Insane asylums Bombay 1873-77 - 1873-1877
Year: 1873
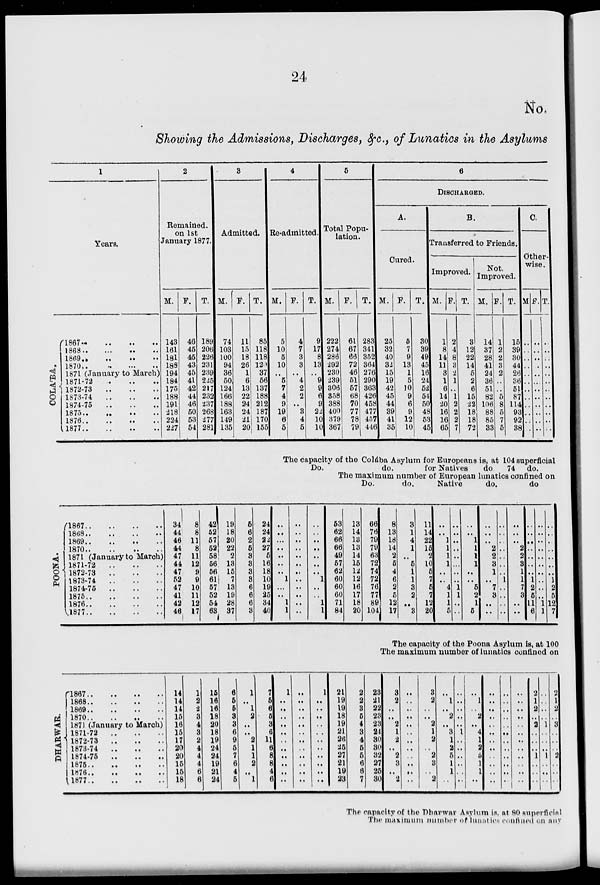
24
No.
Showing the Admissions, Discharges, &c., of Lunatics in the Asylums
1
Years.
COLABA.
1867..
1868..
1869..
1870..
1871
1871-72
1872-73
1873-74
1874-75
1875..
1876..
1877..
.. .. ..
.. .. ..
.. .. ..
..
...
..
(January to March)
..
..
..
..
..
..
..
..
..
.. .. ..
.. .. ..
.. .. ..
.. .. ..
2
Remained.
on 1st
January 1877.
M.
143
161
181
188
194
184
175
188
191
218
224
227
F.
46
45
45
43
45
41
42
44
46
50
53
54
T.
189
206
226
231
239
225
217
232
237
268
277
281
3
Admitted.
M.
74
103
100
94
36
50
124
166
188
163
149
135
F.
11
15
18
26
1
6
13
22
24
24
21
20
T.
85
118
118
120
37
56
137
188
212
187
170
155
4
Re-admitted.
M.
5
10
5
10
...
5
7
4
9
19
6
5
F.
4
7
3
3
...
4
2
2
...
3
4
5
T.
9
17
8
13
...
9
9
6
9
22
10
10
5
Total Popu-
lation.
M.
222
274
286
292
230
239
306
358
388
400
379
367
F.
61
67
66
72
46
51
57
68
70
77
78
79
T.
283
341
352
364
276
290
363
426
458
477
457
446
6
DISCHARGED.
A.
Cured.
M.
25
32
40
32
15
19
42
45
44
39
41
35
F.
5
7
9
13
1
5
10
9
6
9
12
10
T.
30
39
49
45
16
24
52
54
50
48
53
45
B.
Transferred to Friends.
Improved.
M.
1
8
14
11
3
1
6
14
20
16
16
65
F.
2
4
8
3
2
1
...
1
2
2
2
7
T.
3
12
22
14
5
2
6
15
22
18
18
72
Not.
Improved.
M.
14
37
28
41
24
36
51
82
106
88
85
33
F.
1
2
2
3
2
...
...
5
8
5
7
5
T.
15
39
30
44
26
36
51
87
114
93
92
38
C.
Other-
wise.
M.
..
..
..
..
..
..
..
..
..
..
..
..
F.
..
..
..
..
..
..
..
..
..
..
..
..
T.
..
..
..
..
..
..
..
..
..
..
..
..
The capacity of the Colába Asylum for Europeans is, at 104 superficial
Do.
do.
for Natives
do
74 do.
The maximum number of European lunatics confined on
Do.
do.
Native
do.
do
POONA.
1867..
..
..
..
1868..
..
..
..
1869..
..
..
..
1870..
..
..
..
1871 (January to March)
1871-72 .. .. .. ..
1872-73 .. .. .. ..
1873-74 .. .. .. ..
1874-75
..
..
..
..
1875..
..
..
..
1876..
..
..
..
1877..
..
..
..
34
44
46
44
47
44
47
52
47
41
42
46
8
8
11
8
11
12
9
9
10
11
12
17
42
52
57
52
58
56
56
61
57
52
54
63
19
18
20
22
2
13
15
7
13
19
28
37
5
6
2
5
3
3
3
3
6
6
6
3
24
24
22
27
5
16
18
10
19
25
34
40
..
..
..
..
..
..
..
1
..
..
1
1
..
..
..
..
..
..
..
..
..
..
..
..
..
..
..
..
..
..
..
1
..
..
1
1
53
62
66
66
49
57
62
60
60
60
71
84
13
14
13
13
14
15
12
12
16
17
18
20
66
76
79
79
63
72
74
72
76
77
89
104
8
13
18
14
2
5
4
6
2
5
12
17
3
1
4
1
..
5
1
1
3
2
..
3
11
14
22
15
2
10
5
7
5
7
12
20
..
..
1
1
1
1
..
..
4
1
1
5
..
..
..
..
..
..
..
..
1
1
..
..
..
..
1
1
1
1
..
..
5
2
1
5
..
..
..
2
2
3
1
..
7
3
..
..
..
..
..
..
..
..
..
1
..
..
..
..
..
..
..
2
2
3
1
1
7
3
..
..
..
..
..
..
..
..
..
1
2
5
11
6
..
..
..
..
..
..
..
..
..
..
1
1
..
..
..
..
..
..
..
1
2
5
12
7
The capacity of the Poona Asylum is, at 100
The maximum number of lunatics confined on
DHARWAR.
1867..
..
..
..
1868..
..
..
..
1869..
..
..
..
1870..
..
..
..
1871 (January to March)
1871-72
..
..
..
..
1872-73
..
..
..
..
1873-74
..
..
..
..
1874-75
..
..
..
..
1875..
..
..
..
1876..
..
..
..
1877 .. .. .. ..
14
14
14
15
16
15
17
20
20
15
15
18
1
2
2
3
4
3
2
4
4
4
6
6
15
16
16
18
20
18
19
24
24
19
21
24
6
5
5
3
3
6
9
5
7
6
4
5
1
..
1
2
..
..
2
1
1
2
..
1
7
5
6
5
3
6
11
6
8
8
4
6
1
..
..
..
..
..
..
..
..
..
..
..
..
..
..
..
..
..
..
..
..
..
..
..
1
..
..
..
..
..
..
..
..
..
..
..
21
19
19
18
19
21
26
25
27
21
19
23
2
2
3
5
4
3
4
5
5
6
6
7
23
21
22
23
23
24
30
30
32
27
25
30
3
2
..
..
2
1
2
..
2
3
..
2
..
..
..
..
..
..
..
..
..
..
..
..
3
2
..
..
2
1
2
..
2
3
..
2
..
1
..
2
..
3
1
2
5
1
1
..
..
..
..
..
..
1
..
..
..
..
..
..
..
1
..
2
..
4
1
2
5
1
1
..
..
..
..
..
..
..
..
..
..
..
..
..
..
..
..
..
..
..
..
..
..
..
..
..
..
..
..
..
..
..
..
..
..
..
..
..
2
1
2
..
2
..
..
..
1
..
..
..
..
..
..
..
1
..
..
..
1
..
..
..
2
1
2
..
3
..
..
..
2
..
..
..
The capacity of the Dharwar Asylum is, at 80 superficial
The maximum number of lunatics confined on any